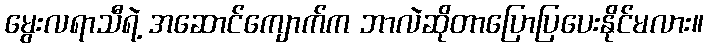
မွေးလရာသီရဲ့ အဆောင်ကျောက်က ဘာလဲဆိုတာပြောပြပေးနိုင်မလား။